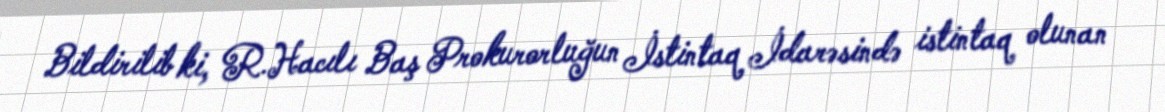
Bildirilib ki, R.Hacılı Baş Prokurorluğun İstintaq İdarəsində istintaq olunan